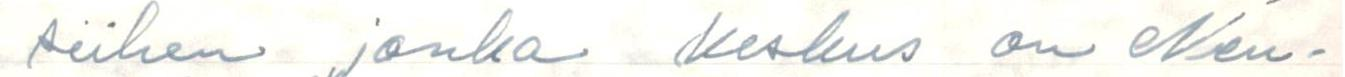
siihen jonka keskus on Neu-